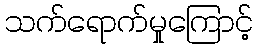
သက်ရောက်မှုကြောင့်